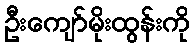
ဦးကျော်မိုးထွန်းကို